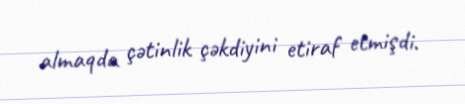
almaqda çətinlik çəkdiyini etiraf etmişdi.